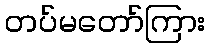
တပ်မတော်ကြား